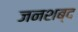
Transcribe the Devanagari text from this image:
जनशब्द